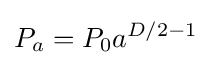
P_{a}=P_{0}a^{D/2-1}